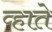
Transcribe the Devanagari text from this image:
व्हाते